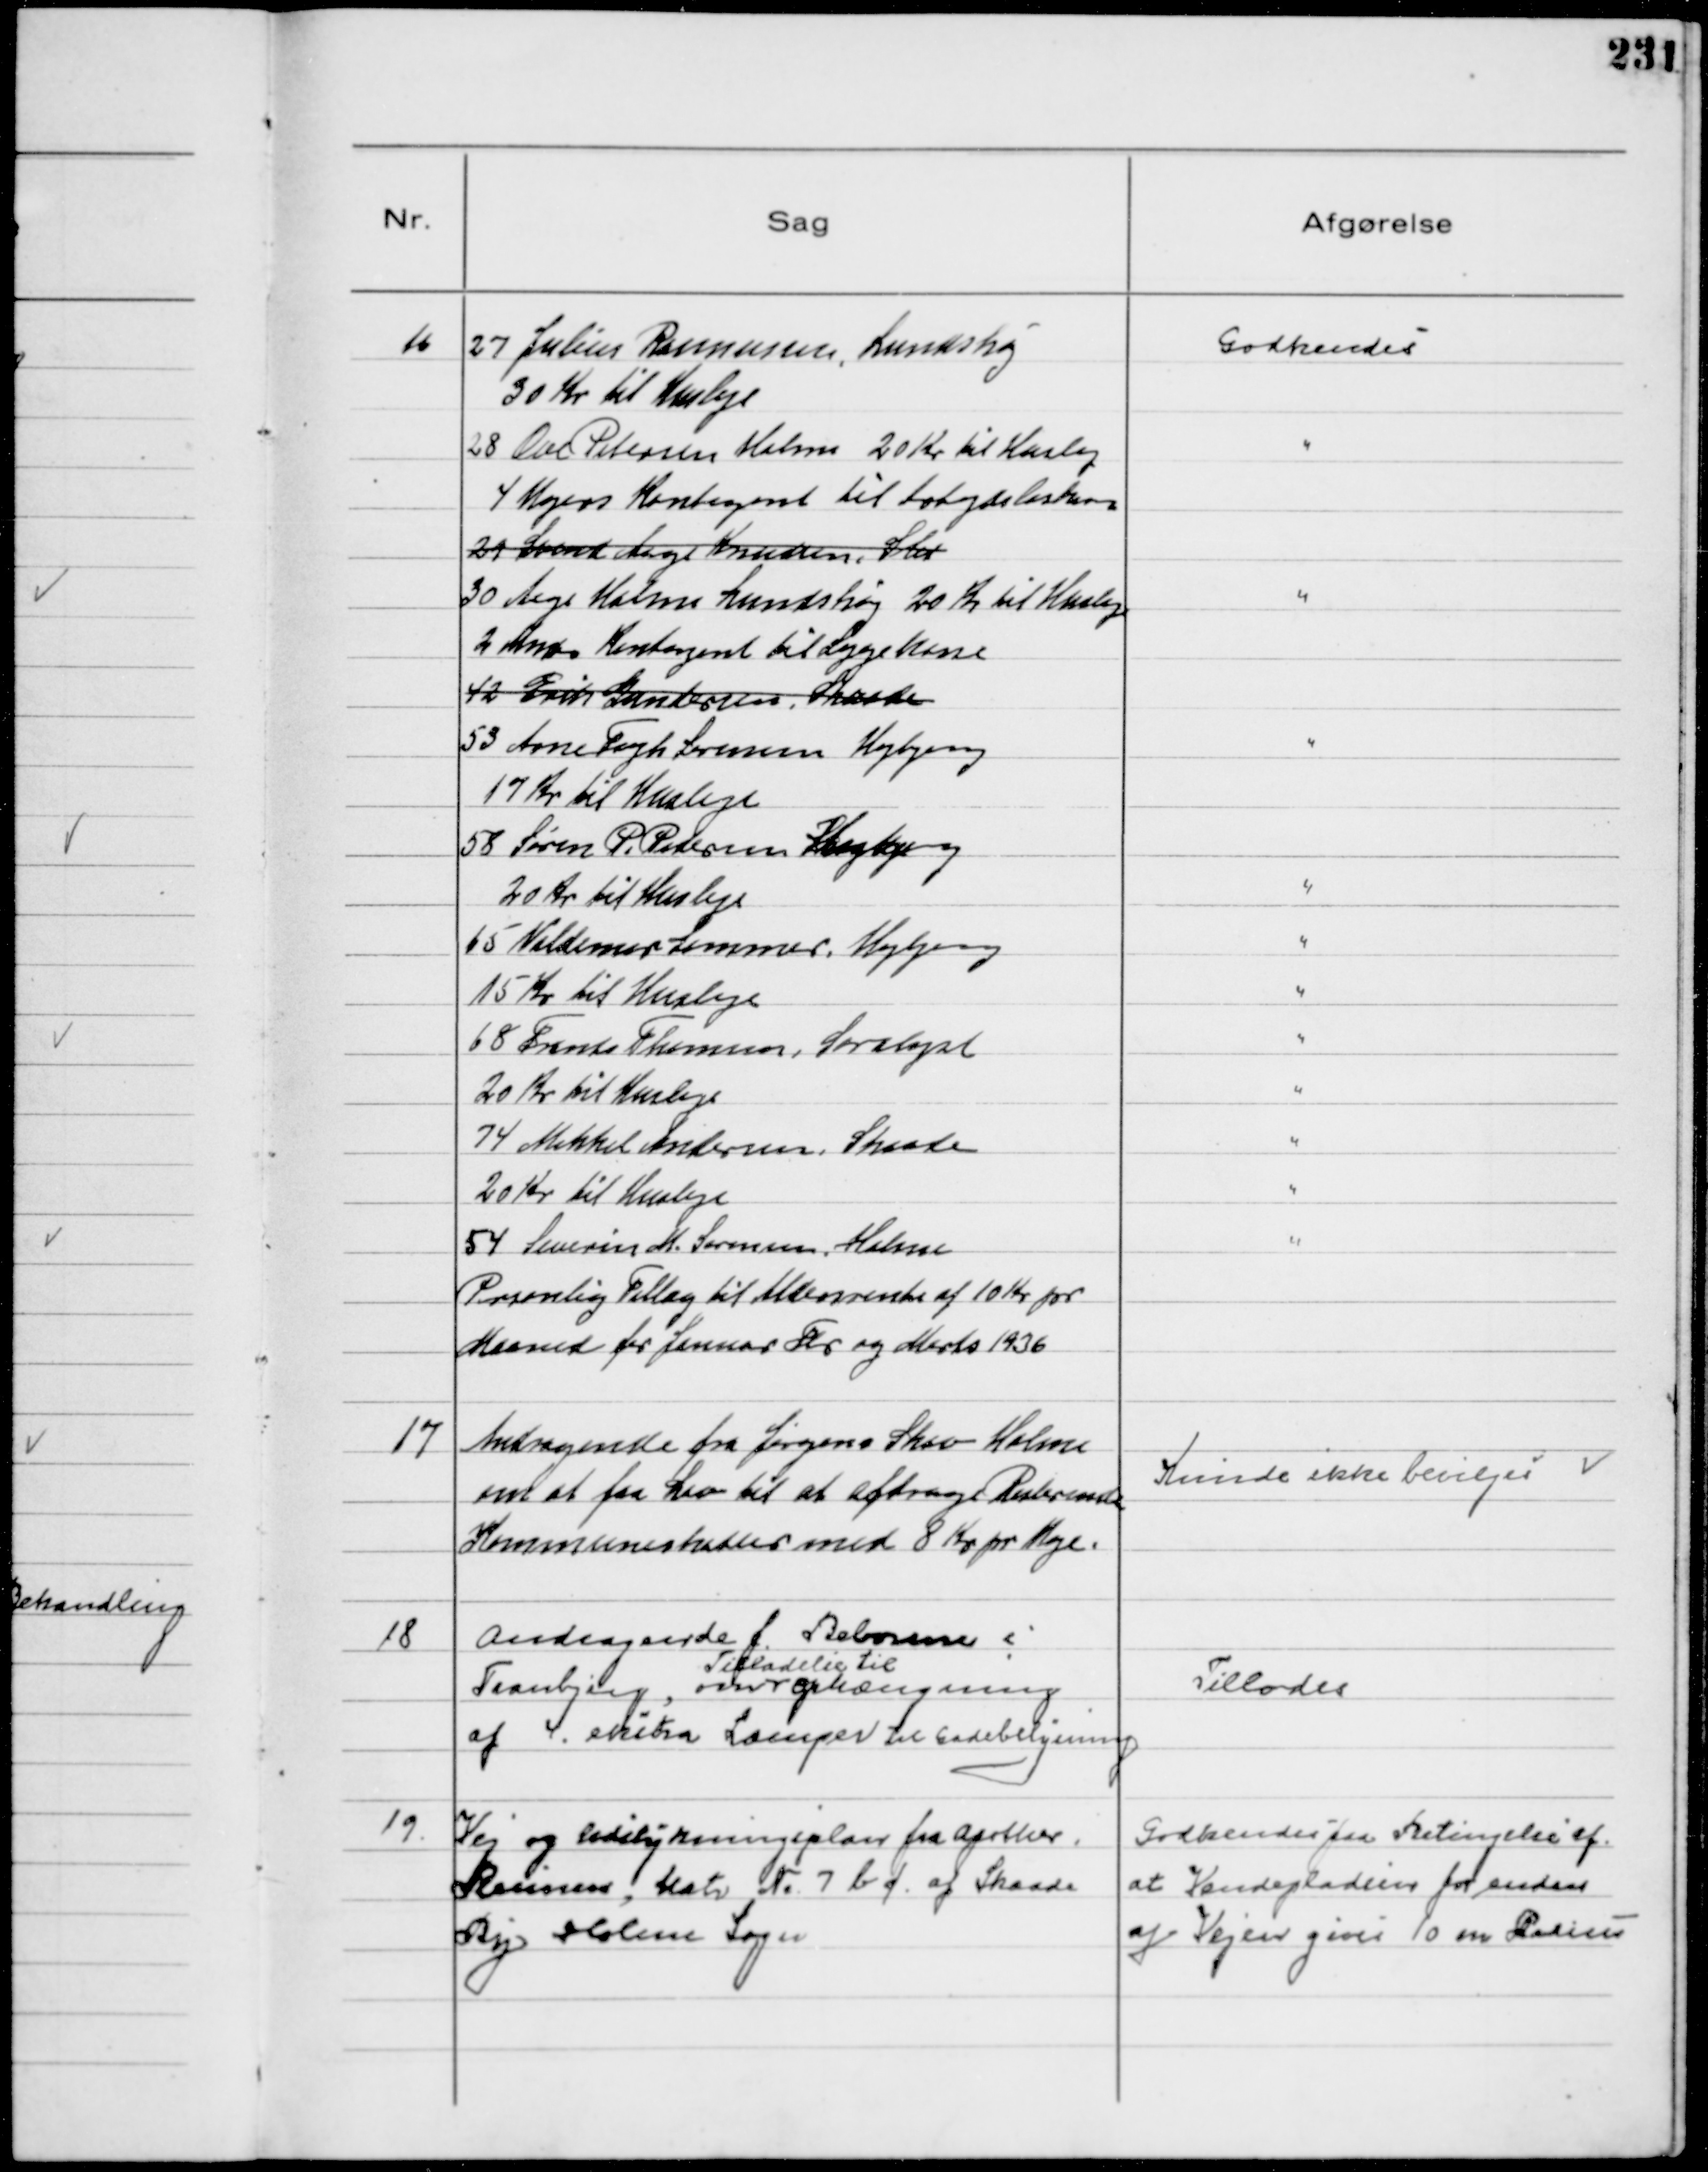
Transskription:
16
27 Julius Rasmussen, Lundshøj
30 Kr til Husleje
Godkendes
28 Ove Petersen Holme 20 Kr til Husleje
"
4 Ugers Kontigent til Arbejdsløskasse
29 Svend Aage Knudsen, Slet
30 Aage Holme Lundshøj 20 Kr til Husleje
"
2 Mdr Kontigent til Sygekasse
42 Erik Gundersen, Skaade
53 Arne Fogh Sørensen Højbjerg
"
17 Kr til Husleje
58 Søren P. Pedersen Højbjerg
20 Kr til Husleje
"
15 Valdemar Sommer Højbjerg
"
15 Kr til Husleje
"
68 Frands Thomsen, Saralyst
"
20 Kr til Husleje
"
74 Mikkel Andersen, Skaade
"
20 Kr til Husleje
"
54 Severin M. Sørensen, Holme
Personlig Tillæg til Aldersrente af 10 Kr pr
Maaned for Januar Feb og Marts 1936
"

17
Andragende fra Jørgen Skov Holme
om at faa Lov til at afdrage Resterende
Kommuneskatter med 8 Kr pr Uge.

Kunde ikke Bevilges

18
Andragende f. Beboerne i
Tranbjerg, om
Tilladelse til
Ophængning
af 4. ekstra Lamper til Gadebelysning

Tillodes

19
Vej og Udstykningsplan fra Apothe
Reimers, Matr N 7 b c af Skaade
By Holme Sogn

Godkendes paa Betingelse af
at Vendepladsen for enden
af Vejen gives 10 m Radius